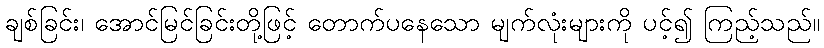
ချစ်ခြင်း၊ အောင်မြင်ခြင်းတို့ဖြင့် တောက်ပနေသော မျက်လုံးများကို ပင့်၍ ကြည့်သည်။